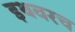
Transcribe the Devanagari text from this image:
इथवरच